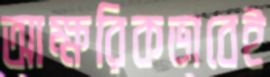
আক্ষরিকভাবেই